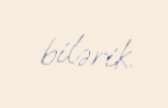
bilərik.